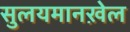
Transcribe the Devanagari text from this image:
सुलयमानख़ेल